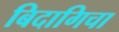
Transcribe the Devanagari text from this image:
बिदागिचा